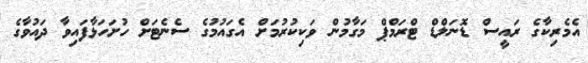
އެމެރިކާގެ ރައީސް ޑޮނަލްޑް ޓްރަމްޕް މަގާމުން ވަކިކުރުމަށް އެގައުމުގެ ސެނެޓަށް ހުށަހަޅާފައިވާ ދައުވާގެ